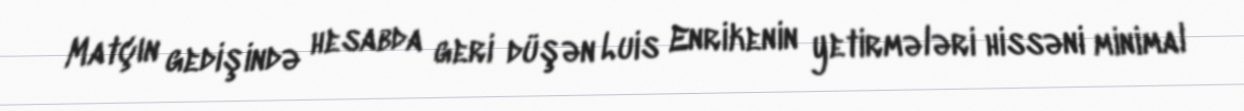
Matçın gedişində hesabda geri düşən Luis Enrikenin yetirmələri hissəni minimal